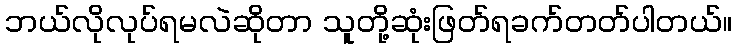
ဘယ်လိုလုပ်ရမလဲဆိုတာ သူတို့ဆုံးဖြတ်ရခက်တတ်ပါတယ်။